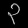
Digit: ၃